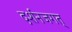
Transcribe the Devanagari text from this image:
दर्शनजगत्